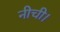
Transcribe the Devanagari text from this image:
नीची।